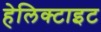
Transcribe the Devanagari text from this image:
हेलिक्टाइट